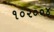
૧૦૨૦૦૪